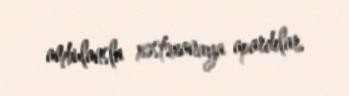
ambulansla xəstəxanaya apardılar.